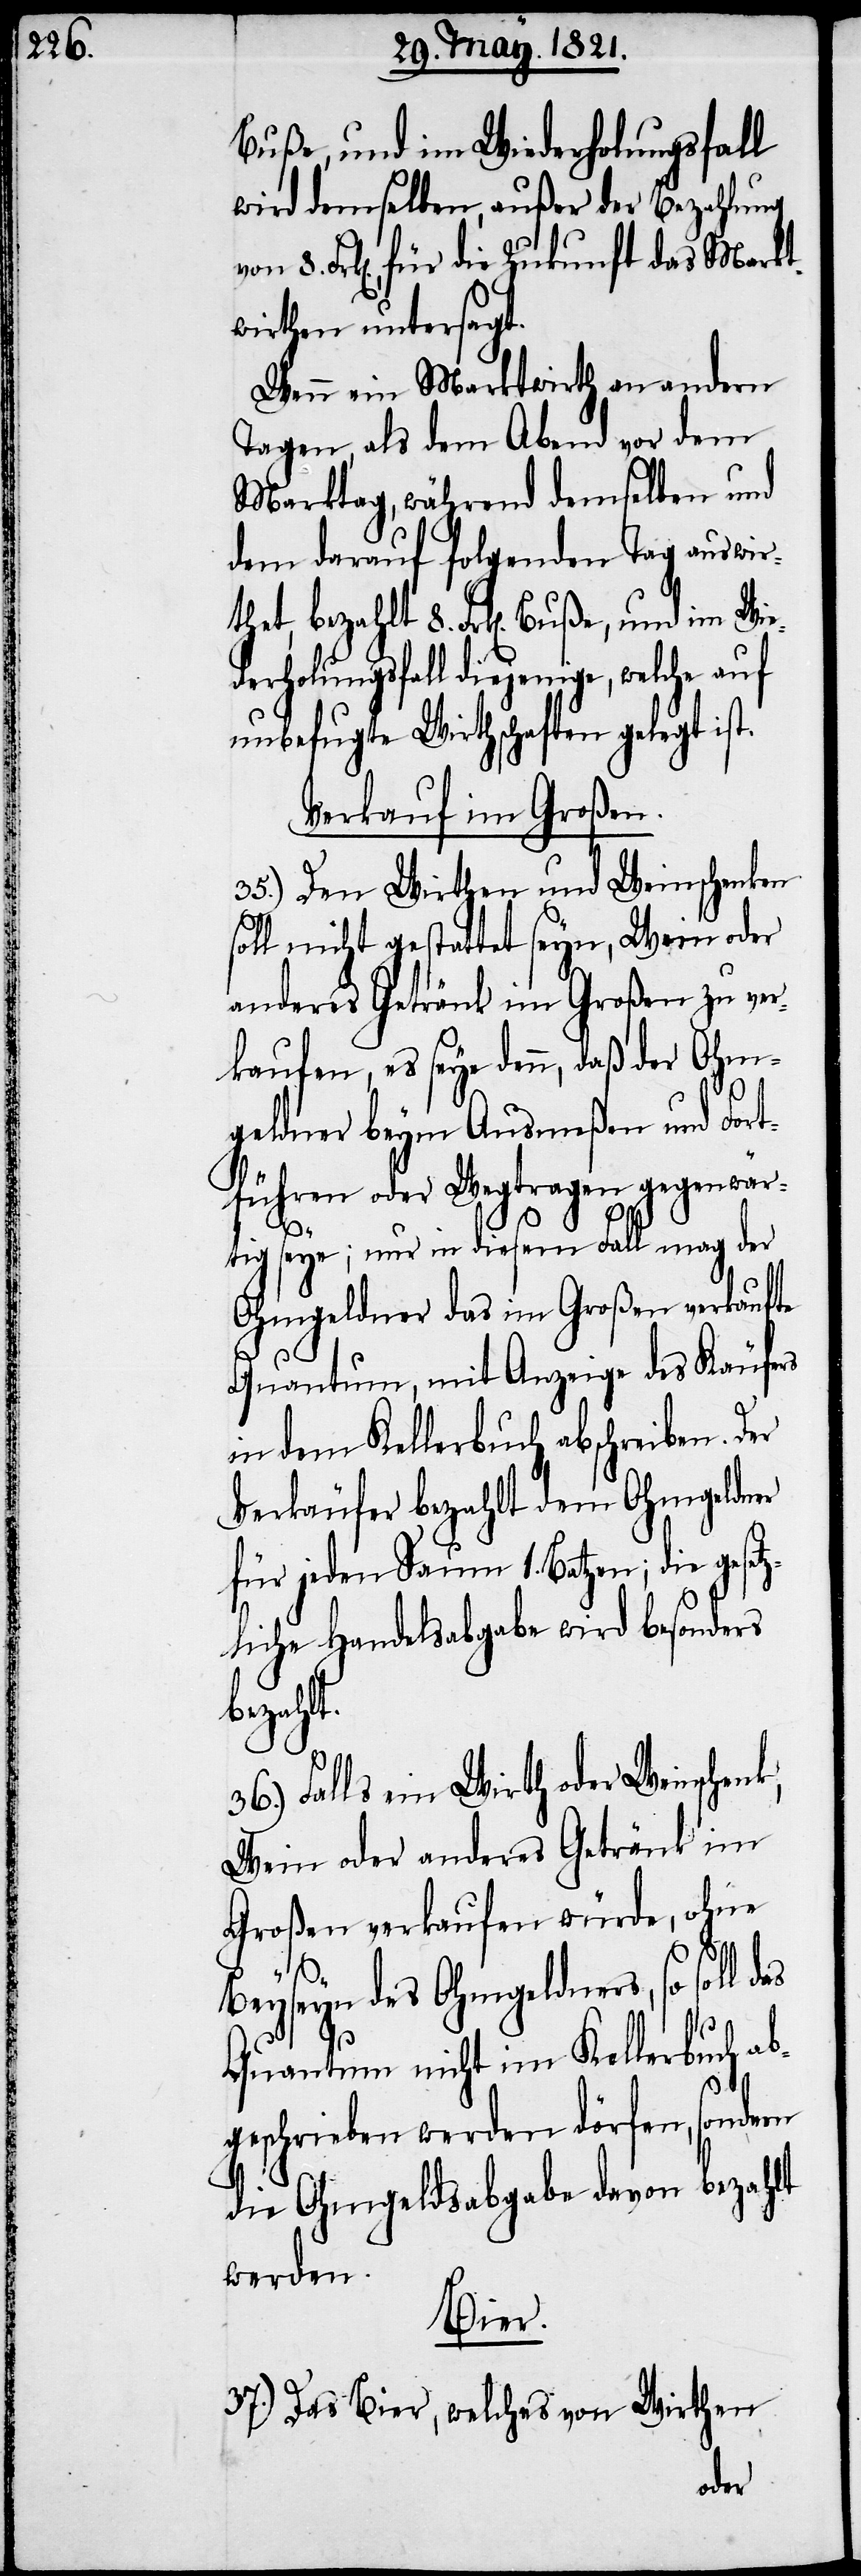
Buße, und im Wiederholungsfall
wird demselben, außer der Bezahlung
Frk[en]., für die Zukunft das Markt¬
wirthen untersagt.
Wenn ein Marktwirth an andern
Tagen, als dem Abend vor dem
Markttag, während demselben und
dem darauf folgenden Tag auswirt¬
derholungsfall diejenige, welche auf
unbefugte Wirthschaften gelegt is¬
Verkauf im Großen.
35.) Den Wirthen und Weinschenken
soll nicht gestattet seyn, Wein oder
anderes Getränk im Großen zu ver¬
kaufen, es seye denn, daß der Ohm¬
geldner beym Ausmeßen und Fort¬
führen oder Wegtragen gegenwär¬
tig seye; nur in diesem Fall mag der
Ohmgeldner das im Großen verkaufte
Quantum, mit Anzeige des Käufers
in dem Kellerbuch abschreiben.
Verkäufer bezahlt dem Ohmgeldner
für jeden Saum 1. Batzen; die gesetz¬
liche Handelsabgabe wird besonders
bezahlt.
36.) Falls ein Wirth oder Weinschenk,
Wein oder anderes Getränk im
Großen verkaufen würde, ohne
Beyseyn des Ohmgeldners, so soll
Quantum nicht im Kellerbuch ab¬
t.
geschrieben werden dörfen, sondern
die Ohmgeldsabgabe davon bezahlt
werden.
Bier.
37.) Das Bier, welches von Wirthen